Indian journal of veterinary science and animal husbandry - Volume 9,
Year: 1939
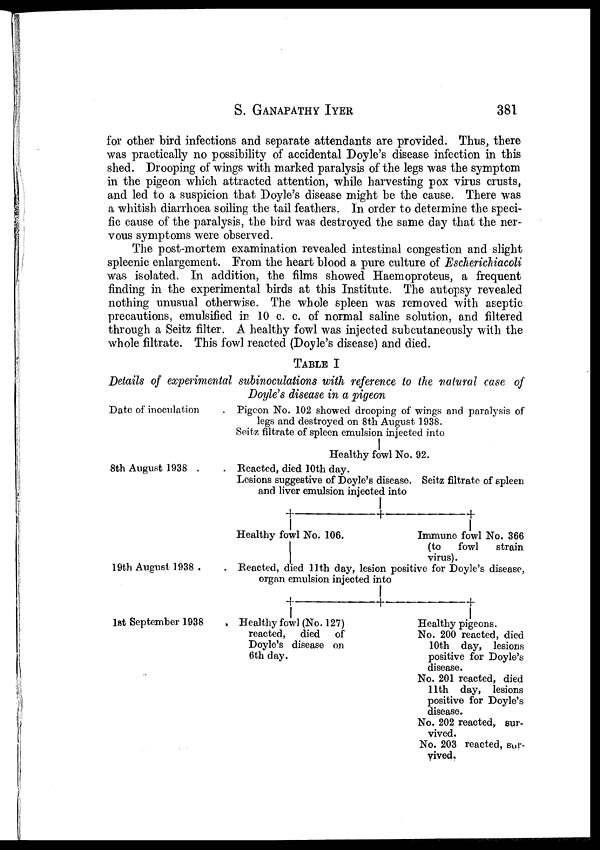
S.
GANAPATHY
IYER
381
for other bird infections and separate attendants are provided. Thus, there
was practically no possibility of accidental Doyle's disease infection in this
shed. Drooping of wings with marked paralysis of the legs was the symptom
in the pigeon which attracted attention, while harvesting pox virus crusts,
and led to a suspicion that Doyle's disease might be the cause. There was
a whitish diarrhoea soiling the tail feathers. In order to determine the speci-
fic cause of the paralysis, the bird was destroyed the same day that the ner-
vous symptoms were observed.
The post-mortem examination revealed intestinal congestion and slight
spleenic enlargement. From the heart blood a pure culture of Escherichiacoli
was isolated. In addition, the films showed Haemoproteus, a frequent
finding in the experimental birds at this Institute. The autopsy revealed
nothing unusual otherwise. The whole spleen was removed with aseptic
precautions, emulsified in 10 c. c. of normal saline solution, and filtered
through a Seitz filter. A healthy fowl was injected subcutaneously with the
whole filtrate. This fowl reacted (Doyle's disease) and died.
Details of experimental
Date of inoculation .
8th August 1938 . .
19th August 1938 . .
1st September 1938 .
TABLE I
subinoculations with reference to the natural case of
Doyle's disease in a pigeon
Pigeon No. 102 showed drooping of wings and paralysis of
legs and destroyed on 8th August 1938.
Seitz filtrate of spleen emulsion injected into
Healthy fowl No. 92.
Reacted, died 10th day.
Lesions suggestive of Doyle's disease. Seitz filtrate of spleen
and liver emulsion injected into
Healthy fowl No. 106.
Immune fowl No. 366
(to fowl strain
virus).
Reacted, died 11th day, lesion positive for Doyle's disease,
organ emulsion injected into
Healthy fowl (No. 127)
reacted, died of
Doyle's disease on
6th day.
Healthy pigeons.
No. 200 reacted, died
10th day, lesions
positive for Doyle's
disease.
No. 201 reacted, died
11th day, lesions
positive for Doyle's
disease.
No. 202 reacted, sur-
vived.
No. 203 reacted, sur-
vived.